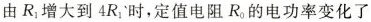
由R_{1} 大到4R_{1}时，定值电阻 R_{0}的电功率变化了